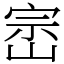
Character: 崈